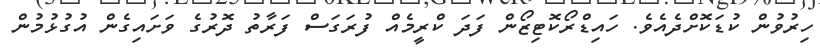
ހިރުވުން ކުޑަކޮށްދެއެވެ. ހައިޑްރޯކޮޓިޒޯން ފަދަ ކްރީމެއް ފުރަގަސް ފަރާތު ދޮރުގެ ވަށައިގެން އުގުޅުމުން